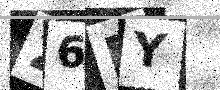
Text: 26RY